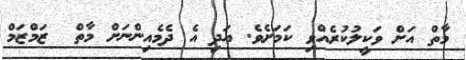
މާތް އަށް ވަކީލުކުރެއްވި ކަމަށެވެ. އަދި އެ ދެމެއިންނަށް މާތް  ޒަމްޒަމް